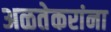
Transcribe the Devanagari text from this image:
अळतेकरांना